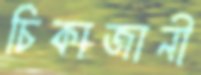
চিকাজানী